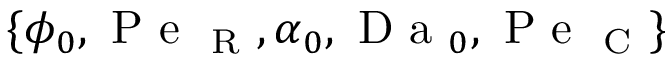
\{ \phi _ { 0 } , \mathrm { ~ P ~ e ~ } _ { \mathrm { ~ R ~ } } , \alpha _ { 0 } , \mathrm { ~ D ~ a ~ } _ { 0 } , \mathrm { ~ P ~ e ~ } _ { \mathrm { ~ C ~ } } \}